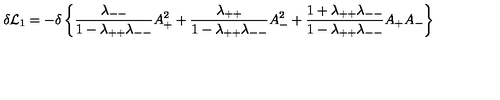
\delta { \cal L } _ { 1 } = - \delta \left\{ { \frac { \lambda _ { -- } } { 1 - \lambda _ { + + } \lambda _ { -- } } } A _ { + } ^ { 2 } + { \frac { \lambda _ { + + } } { 1 - \lambda _ { + + } \lambda _ { -- } } } A _ { - } ^ { 2 } + { \frac { 1 + \lambda _ { + + } \lambda _ { -- } } { 1 - \lambda _ { + + } \lambda _ { -- } } } A _ { + } A _ { - } \right\}